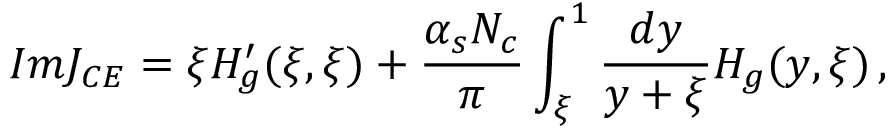
I m { \cal J } _ { C E } = \xi { \cal H } _ { g } ^ { \prime } ( \xi , \xi ) + \frac { \alpha _ { s } N _ { c } } { \pi } \int _ { \xi } ^ { 1 } \frac { d y } { y + \xi } { \cal H } _ { g } ( y , \xi ) \, ,